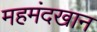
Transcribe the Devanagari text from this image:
महमंदखान